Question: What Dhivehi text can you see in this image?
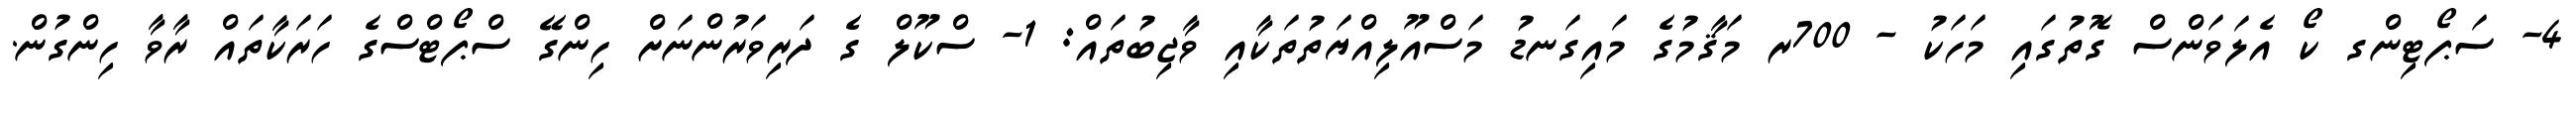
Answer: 4- ސަޕޯޓިންގ ކޯ އެލަވަންސް ގޮތުގައި މަހަކު - 700ރ މަޤާމުގެ މައިގަނޑު މަސްއޫލިއްޔަތުތަކާއި ވާޖިބުތައް: 1- ސްކޫލް ގެ ދަރިވަރުންނަށް ހިންގޭ ސްޕޯޓްސްގެ ހަރަކާތައް ރާވާ ހިންގުން.